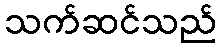
သက်ဆင်သည်